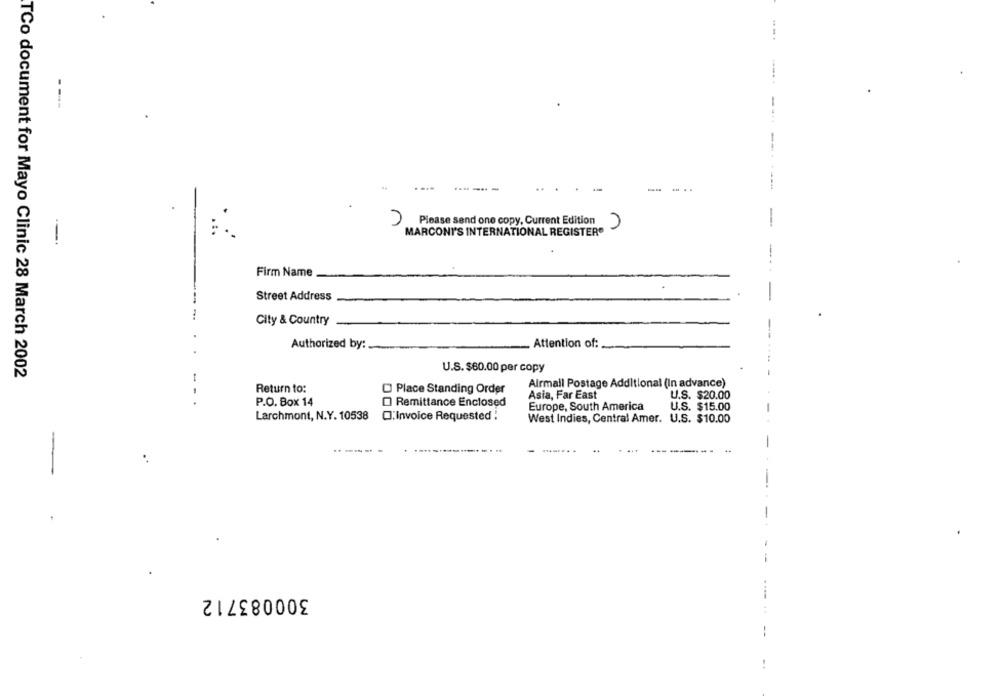
----
------ -
.. .
Please send one copy, Current Edition
--
MARCONI'S INTERNATIONAL REGISTER®
Firm Name
Street Address
City & Country
Authorized by:
Attention of:
U.S. $60.00 per copy
TCo document for Mayo Clinic 28 March 2002
Return to:
O Place Standing Order
Airmail Postage Additional (In advance)
Asia, Far East
U.S. $20.00
..
P.O. Box 14
O Remittance Enclosed
Europe, South America
U.S. $15.00
Larchmont, N.Y. 10538
C:Invoice Requested :
West Indies, Central Amer. U.S. $10.00
-
-
300083712
--
!